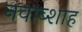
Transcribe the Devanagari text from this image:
नवाब्शाह